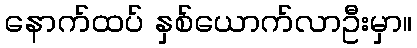
နောက်ထပ် နှစ်ယောက်လာဦးမှာ။